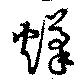
熯